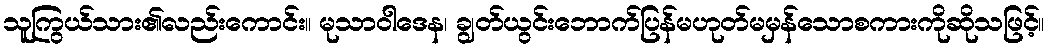
သူကြွယ်သား၏လည်းကောင်း။ မုသာဝါဒေန၊ ချွတ်ယွင်းဘောက်ပြန်မဟုတ်မမှန်သောစကားကိုဆိုသဖြင့်။